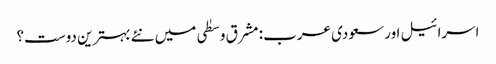
اسرائیل اور سعودی عرب: مشرق وسطٰی میں نئے بہترین دوست؟